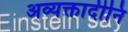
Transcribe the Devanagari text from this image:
अव्यक्तादीनि